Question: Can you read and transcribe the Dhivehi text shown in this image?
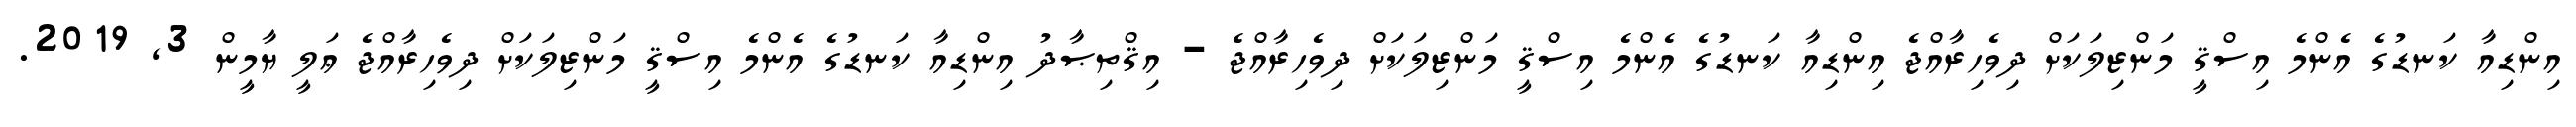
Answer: އިންޑިއާ ކަނޑުގެ އެންމެ އިސްޤީ މަންޒިލަކަށް ދިވެހިރާއްޖެ އިންޑިއާ ކަނޑުގެ އެންމެ އިސްޤީ މަންޒިލަކަށް ދިވެހިރާއްޖެ - އިޤްތިޞާދު އިންޑިއާ ކަނޑުގެ އެންމެ އިސްޤީ މަންޒިލަކަށް ދިވެހިރާއްޖެ ޢަލީ ޔާމީން 3, 2019.